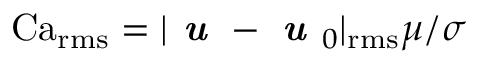
\operatorname { C a } _ { \operatorname { r m s } } = | \textbf { \em u } - \textbf { \em u } _ { 0 } | _ { \operatorname { r m s } } \mu / \sigma